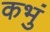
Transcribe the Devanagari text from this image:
कभुं